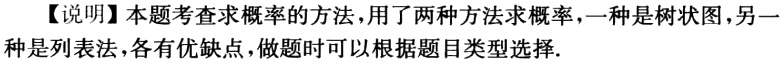
【说明】本题考查求概率的方法，用了两种方法求概率，一种是树状图，另一种是列表法，各有优缺点，做题时可以根据题目类型选择.